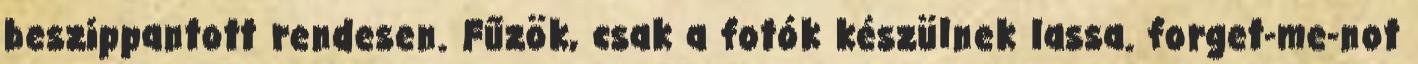
beszippantott rendesen. Fűzök, csak a fotók készülnek lassa. forget-me-not